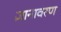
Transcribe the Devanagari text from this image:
ज्ञानावरण